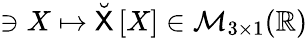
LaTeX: \ni X\mapsto\breve{\mathsf{X}}\left[X\right]\in\mathcal{M}_{3\times 1}(\mathbb{R})